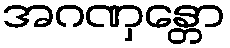
အဂဏှန္တော